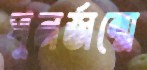
পুনর্জন্মে